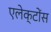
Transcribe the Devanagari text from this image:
एलेक्टोंस